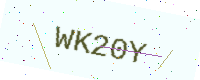
Text: WK20Y